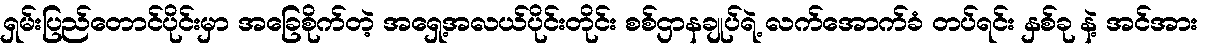
ရှမ်းပြည်တောင်ပိုင်းမှာ အခြေစိုက်တဲ့ အရှေ့အလယ်ပိုင်းတိုင်း စစ်ဌာနချုပ်ရဲ့ လက်အောက်ခံ တပ်ရင်း နှစ်ခု နဲ့ အင်အား